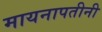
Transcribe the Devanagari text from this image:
मायनापतीनी